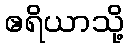
ဧရိယာသို့